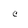
Character: c